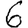
Digit: 6